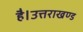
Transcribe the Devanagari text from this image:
है।उत्तराखण्ड